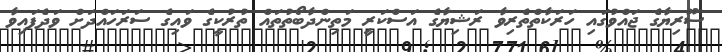
ސޫރިޔާގެ ޖައްވުގައި ހަރަކާތްތެރިވާ ރަޝިޔާގެ އަސްކަރީ މަތިންދާބޯތުތައް ތުރުކީގެ ވައިގެ ސަރަހައްދަށް ވަދެފައިވާ